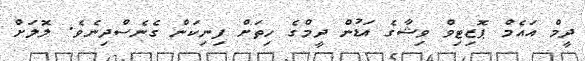
ދީމް އައެމް ޕޮޒިޓިވް ވިޝާގެ އަޑުން ދީމްގެ ހިތަށް ފިނިކަން ގެނެސްދިނެވެ. ލޮލަށް